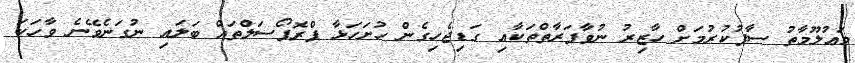
މަޢުލޫމާތު ސާފުކުރުމަށް ހާޒިރު ނުވާފަރާތްތަކާއި ގަޑިޖެހިގެން ހުށަހަޅާ ޕްރޮޕޯސަލްތައް ބަލައި ނުގަނެވޭނެ ވާހަކަ